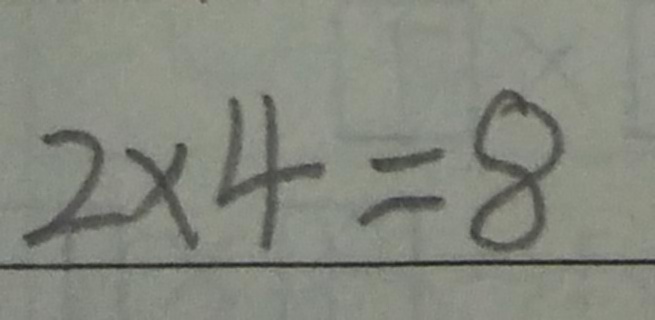
2 \times 4 = 8